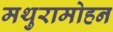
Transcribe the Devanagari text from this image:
मथुरामोहन